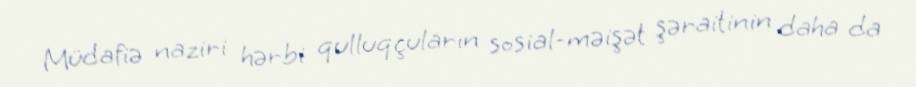
Müdafiə naziri hərbi qulluqçuların sosial-məişət şəraitinin daha da